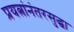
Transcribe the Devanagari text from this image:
प्रयत्नांनंतरसुद्धा